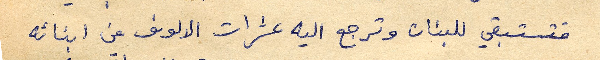
فتستبقي للبنان وترجع اليه عشرات الالوف من ابنائه